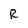
Character: R